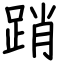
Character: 踃